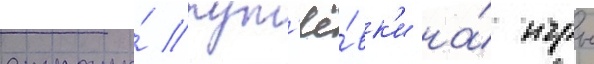
страны́ пут'ё́вк'и на́ игры